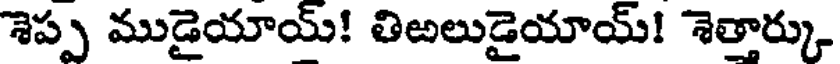
శెప్ప ముడైయాయ్! తిఱలుడైయాయ్! శెత్తార్కు